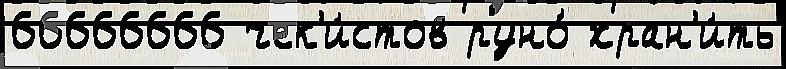
66666666 чек'и́стов руно́ хран'и́ть